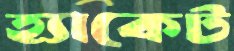
হ্যাকেট